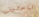
الباحثين